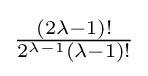
{\tfrac {(2\lambda -1)!}{2^{\lambda -1}(\lambda -1)!}}